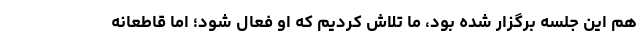
هم این جلسه برگزار شده بود، ما تلاش کردیم که او فعال شود؛ اما قاطعانه